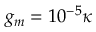
g _ { m } = 1 0 ^ { - 5 } \kappa